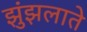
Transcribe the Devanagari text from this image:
झुंझलाते